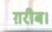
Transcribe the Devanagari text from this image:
ग़रीब।